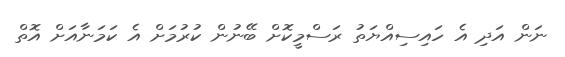
ނަން އަދި އެ ހައިސިއްޔަތު ރަސްމީކޮށް ބޭނުން ކުރުމަށް އެ ކަމަނާއަށް އޮތް